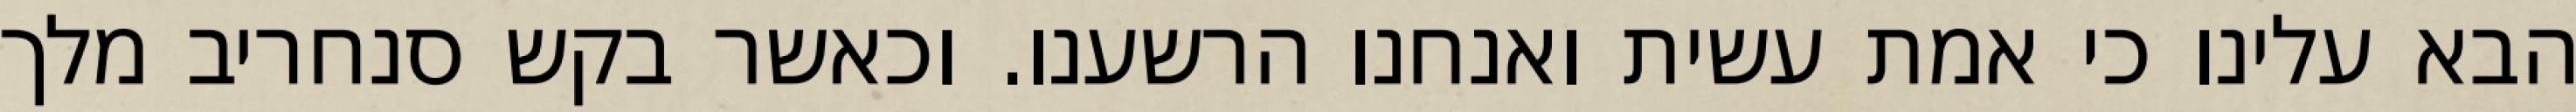
הבא עלינו כי אמת עשית ואנחנו הרשענו. וכאשר בקש סנחריב מלך